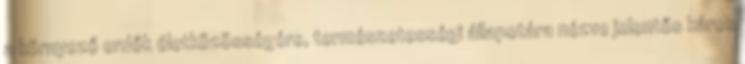
a környező erdők életközösségére, természetességi állapotára nézve jelentős káros